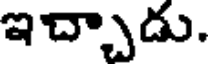
ఇచ్చాడు.